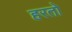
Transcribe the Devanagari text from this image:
हरतो